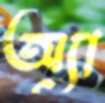
অ্যা